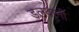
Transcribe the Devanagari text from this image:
डलवानी